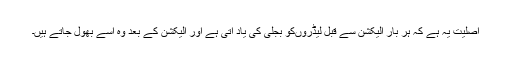
اصلیت یہ ہے کہ ہر بار الیکشن سے قبل لیڈروںکو بجلی کی یاد آتی ہے اور الیکشن کے بعد وہ اسے بھول جاتے ہیں۔